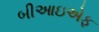
બીઆઇએફ